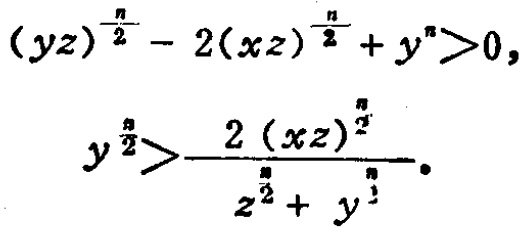
\((yz)^{\frac{n}{2}} - 2(xz)^{\frac{n}{2}} + y^{n}>0,\)
\(y^{\frac{n}{2}}>\frac{2(xz)^{\frac{n}{2}}}{z^{\frac{n}{2}} + y^{\frac{n}{2}}}.\)